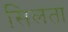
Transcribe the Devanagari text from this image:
सिलता